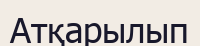
Атқарылып